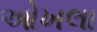
ઓખલા